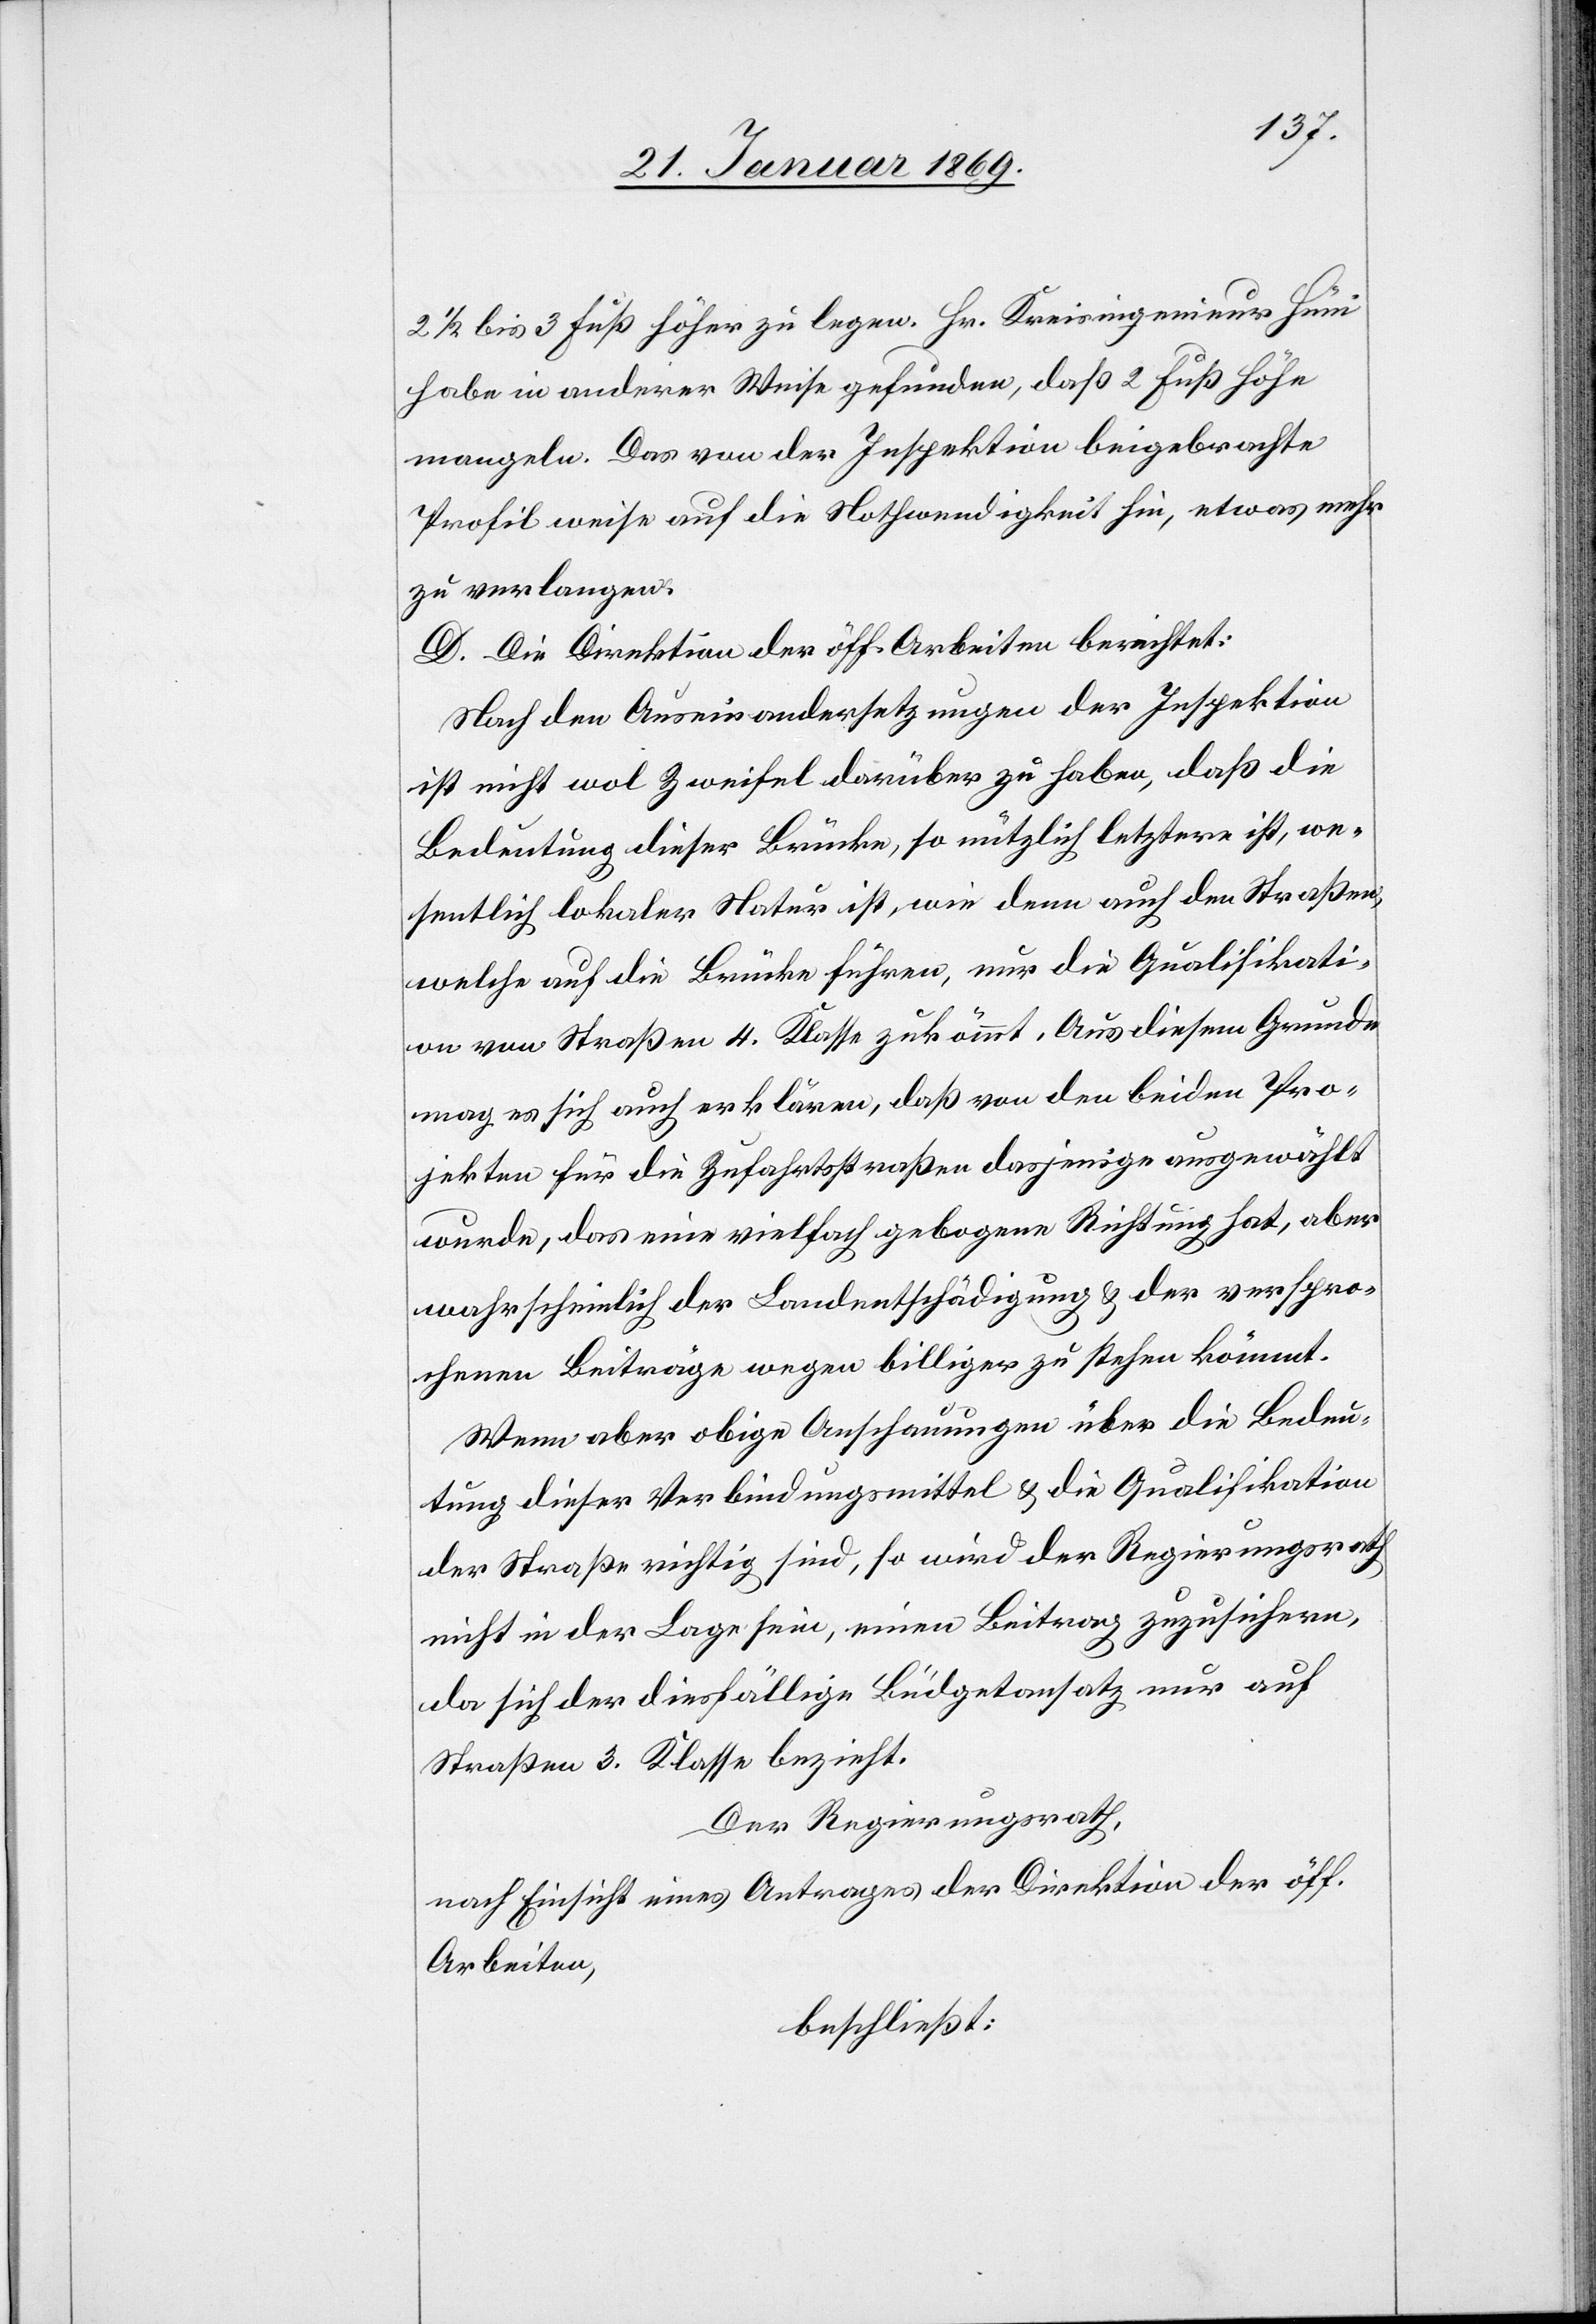
2 1/2 bis 3 Fuß höher zu legen. Hr. Kreisingenieur Hüni
habe in anderer Weise gefunden, daß 2 Fuß Höhe
mangeln. Das von der Inspektion beigebrachte
Profil weise auf die Nothwendigkeit hin, etwas mehr
zu verlangen.
D. Direktion der öff. Arbeiten berichtet:
Nach den Auseinandersetzungen der Inspektion
ist nicht wol Zweifel darüber zu haben, daß die
Bedeutung dieser Brücke, so nützlich letztere ist, we¬
sentlich lokaler Natur ist, wie denn auch den Straßen,
welche auf die Brücke führen, nur die Qualifikati¬
on von Straßen 4. Klasse zukömmt. Aus diesem Grunde
mag es sich auch erklären, daß von den beiden Pro¬
jekten für die Zufahrtsstraßen dasjenige ausgewählt
wurde, das eine vielfach gebogene Richtung hat, aber
wahrscheinlich der Lokalentschädigung & der verspro¬
chenen Beiträge wegen billiger zu stehen kömmt.
Wenn aber obige Anschauungen über die Bedeu¬
tung dieser Verbindungsmittel & die Qualifikation
der Straße richtig sind, so wird der Regierungsrath
nicht in der Lage sein, einen Beitrag zuzusichern,
da sich der diesfällige Büdgetansatz nur auf
Straßen 3. Klasse bezieht.
Der Regierungsrath,
nach Einsicht eines Antrages der Direktion der öff.
Arbeiten,
beschließt: